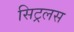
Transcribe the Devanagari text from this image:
सिट्रलस